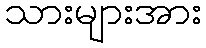
သားများအား